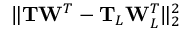
\| \mathbf { T } \mathbf { W } ^ { T } - \mathbf { T } _ { L } \mathbf { W } _ { L } ^ { T } \| _ { 2 } ^ { 2 }